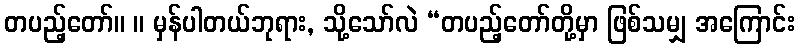
တပည့်တော်။ ။ မှန်ပါတယ်ဘုရား, သို့သော်လဲ “တပည့်တော်တို့မှာ ဖြစ်သမျှ အကြောင်း